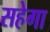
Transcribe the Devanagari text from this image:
सहेगा